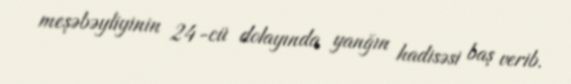
meşəbəyliyinin 24-cü dolayında yanğın hadisəsi baş verib.